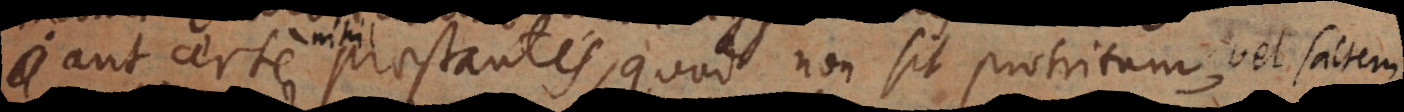
aut certe praestantes, quod non sit protritum, certe